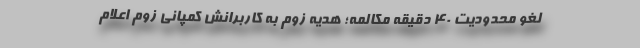
لغو محدودیت 40 دقیقه مکالمه؛ هدیه زوم به کاربرانش کمپانی زوم اعلام